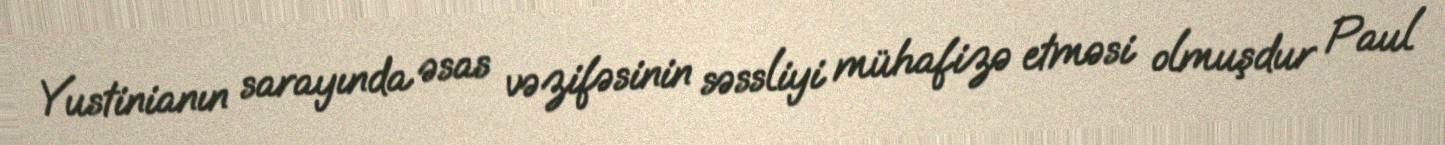
Yustinianın sarayında əsas vəzifəsinin səssliyi mühafizə etməsi olmuşdur Paul